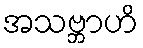
အသဗ္ဘာဟိ